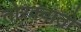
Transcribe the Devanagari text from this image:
तोरक्वातो